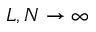
L , N \rightarrow \infty